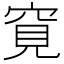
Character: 𥦀